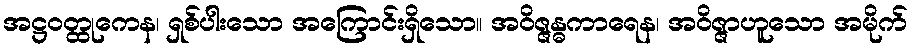
အဋ္ဌဝတ္ထုကေန၊ ရှစ်ပါးသော အကြောင်းရှိသော။ အဝိဇ္ဇန္ဓကာရေန၊ အဝိဇ္ဇာဟူသော အမိုက်